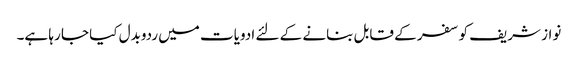
نواز شریف کو سفر کے قابل بنانے کے لئے ادویات میں ردوبدل کیا جا رہا ہے۔